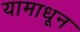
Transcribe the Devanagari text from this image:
यामाधून